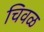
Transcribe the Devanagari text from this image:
चिवळ